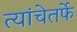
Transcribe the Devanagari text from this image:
त्यांचेतर्फे